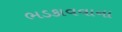
ભડકાવવાના